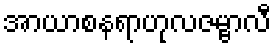
အာယာစနရာဟုလဇမ္ဗာလီ